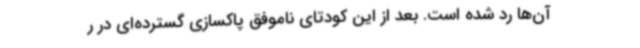
آن‌ها رد شده است. بعد از این کودتای ناموفق پاکسازی گسترده‌ای در ر